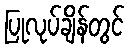
ပြုလုပ်ချိန်တွင်